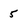
Character: 5